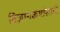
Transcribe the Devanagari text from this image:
विज्ञानकथांसाठी